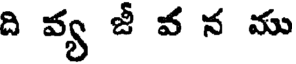
ది వ్య జీ వ న ము